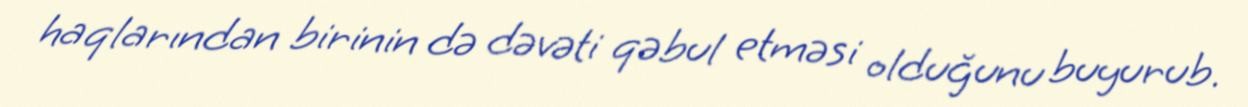
haqlarından birinin də dəvəti qəbul etməsi olduğunu buyurub.